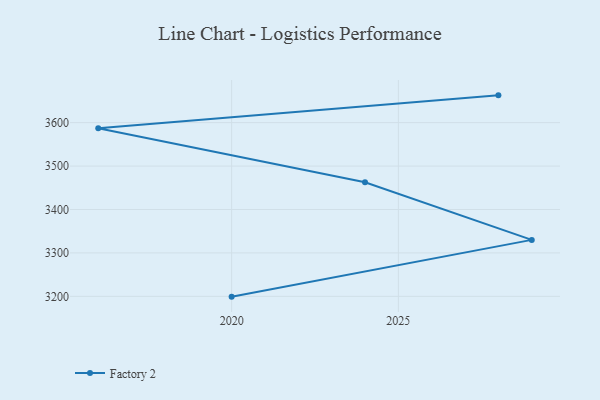
{"axis": {"x": "Year", "y": "Production Output"}, "legend": ["Factory 2"], "data": [{"x": "2020", "y": 3199.3, "type": "Factory 2"}, {"x": "2029", "y": 3330.0, "type": "Factory 2"}, {"x": "2024", "y": 3462.7, "type": "Factory 2"}, {"x": "2016", "y": 3587.0, "type": "Factory 2"}, {"x": "2028", "y": 3662.8, "type": "Factory 2"}]}